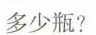
多少瓶?